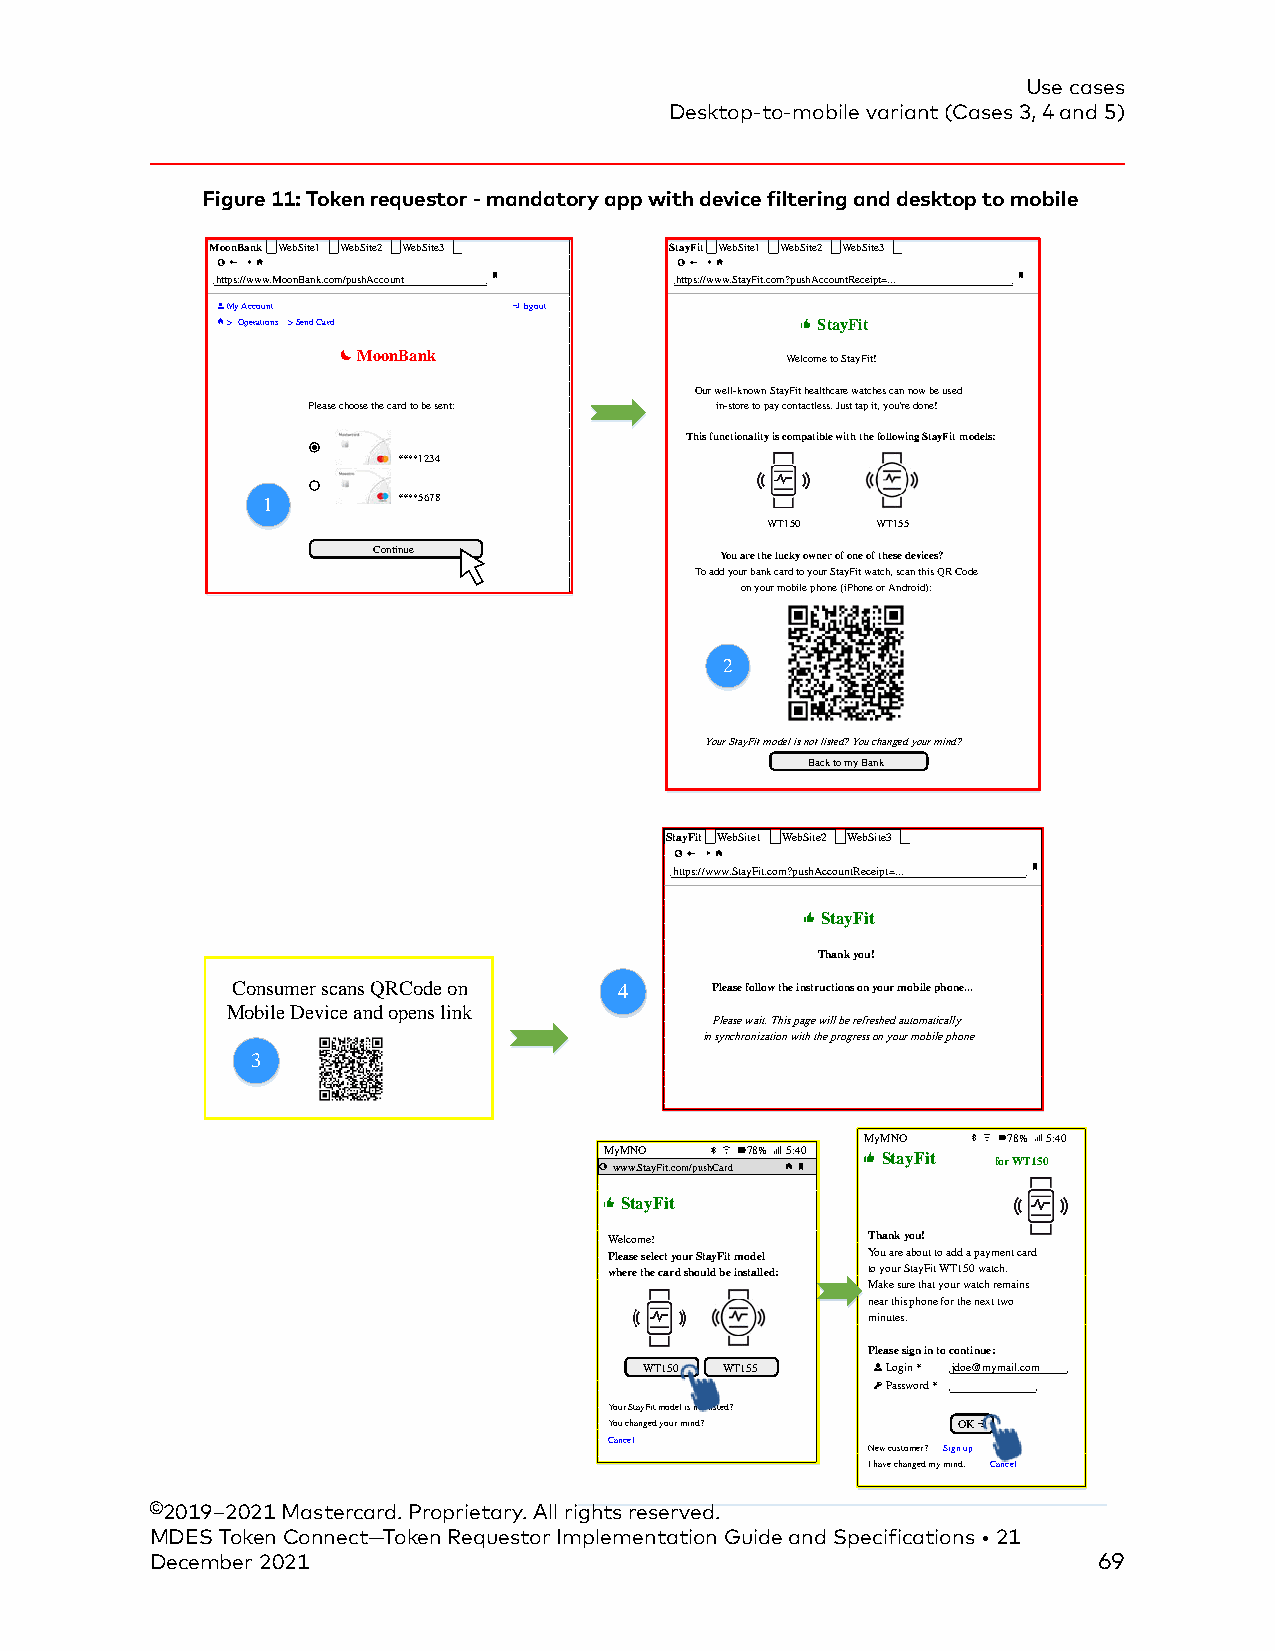
Use cases
 Desktop-to-mobile variant (Cases 3, 4 and 5)
 Figure 11: Token requestor - mandatory app with device filtering and desktop to mobile
 MoonBank WebSite1 WebSite2 WebSite3 StayFit WebSite1 WebSite2 WebSite3
 #                             #
 https://www.MoonBank.com/pushAccount https://www.StayFit.com?pushAccountReceipt=...
 # My Account         logout   #
 # >Operations >Send Card      ############## StayFit
 #
 #
 ############## MoonBank ############## #############Welcome to StayFit!
 #                             #
 #                             ###Our well-known StayFit healthcare watches can now be used
 ###########Please choose the card to be sent: # ####in-store to pay contactless. Just tap it, you're done!
 #                             #
 ##########                    ##This functionality is compatible with the following StayFit models: # #
 #   ****1234
 ##########
 1    #   ****5678
 #
 #                             ######## ##WT150 #####WT155
 ########## Continue           # ######You are the lucky owner of one of these devices?
 #                             ###To add your bank card to your StayFit watch, scan this QR Code
 #                             ########on your mobile phone (iPhone or Android):
 2
 ############
 ####Your StayFit model is not listed? You changed your mind?
 ########### Back to my Bank
 #
 StayFit WebSite1 WebSite2 WebSite3
 #
 https://www.StayFit.com?pushAccountReceipt=...
 #
 ############## StayFit
 #
 ################Thank you!
 #
 Consumer scans QRCode on  4  #####Please follow the instructions on your mobile phone...
 Mobile Device and opens link #
 #####Please wait. This page will be refreshed automatically
 ####in synchronization with the progress on your mobile phone
 3                          #
 #
 #
 #
 .MyMNO    78% 5:40.
 .M wyM wwN .SO tayFit.com/pushCard 78% 5:40. StayFit for WT150
 #                              #
 StayFit
 #
 #Welcome!        #Thank you!
 #Please select your StayFit model #You are about to add a payment card
 #where the card should be installed: #to your StayFit WT150 watch.
 #Make sure that your watch remains
 #near this phone for the next two
 #minutes.
 #
 #Please sign in to continue:
 WT150 WT155     Login * jdoe@mymail.com
 #                  Password *
 #Your StayFit model is not listed? #
 #You changed your mind? OK
 #Cancel
 #New customer? Sign up
 #
 #I have changed my mind. Cancel
 #
 ©2019–2021 Mastercard. Proprietary. All rights reserved.
 MDES Token Connect—Token Requestor Implementation Guide and Specifications • 21
 December 2021                                                  69